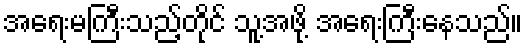
အရေးမကြီးသည့်တိုင် သူ့အဖို့ အရေးကြီးနေသည်။